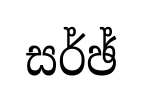
සර්ඡ්